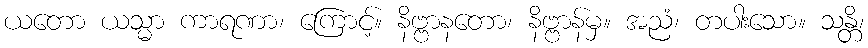
ယတော ယသ္မာ ကာရဏာ၊ ကြောင့်။ နိဗ္ဗာနတော၊ နိဗ္ဗာန်မှ။ အညံ၊ တပါးသော။ သန္တိ၊